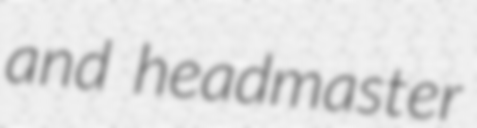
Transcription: and headmaster